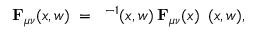
{ \bf F } _ { \mu \nu } ( x , w ) \; = \; { \bf \Phi } ^ { - 1 } ( x , w ) \: { \bf F } _ { \mu \nu } ( x ) \: { \bf \Phi } ( x , w ) ,